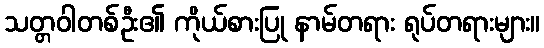
သတ္တဝါတစ်ဦး၏ ကိုယ်စားပြု နာမ်တရား ရုပ်တရားများ။